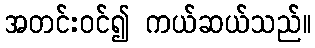
အတင်းဝင်၍ ကယ်ဆယ်သည်။